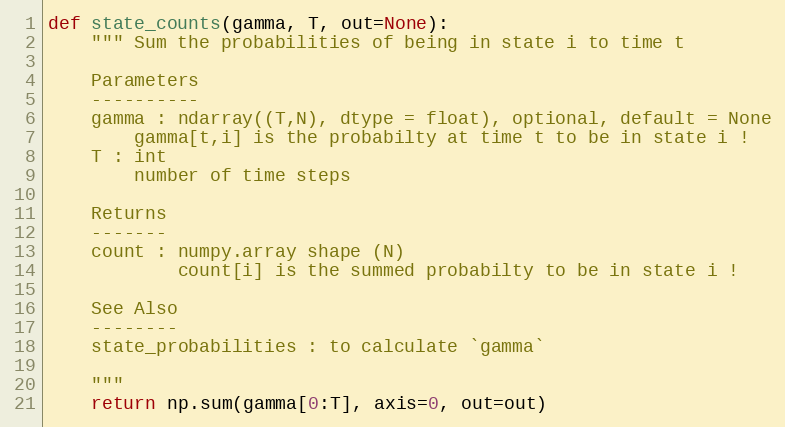
Language: Python
def state_counts(gamma, T, out=None):
    """ Sum the probabilities of being in state i to time t

    Parameters
    ----------
    gamma : ndarray((T,N), dtype = float), optional, default = None
        gamma[t,i] is the probabilty at time t to be in state i !
    T : int
        number of time steps

    Returns
    -------
    count : numpy.array shape (N)
            count[i] is the summed probabilty to be in state i !

    See Also
    --------
    state_probabilities : to calculate `gamma`

    """
    return np.sum(gamma[0:T], axis=0, out=out)